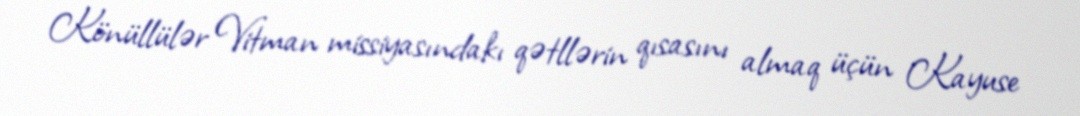
Könüllülər Vitman missiyasındakı qətllərin qısasını almaq üçün Kayuse